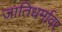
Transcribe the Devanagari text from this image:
जातिधर्मावर